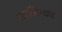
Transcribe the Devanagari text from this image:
सप्तसिन्धव